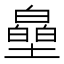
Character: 皨